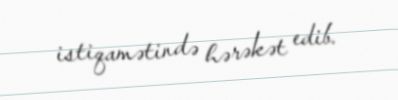
istiqamətində hərəkət edib.